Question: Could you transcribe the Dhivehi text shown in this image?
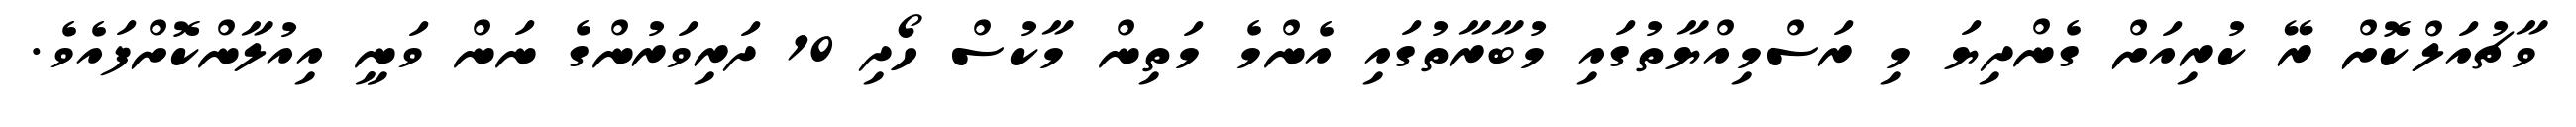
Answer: ވާޗުއަލްކޮށް ރޭ ކުރިއަށް ގެންދިޔަ މި ރަސްމިއްޔާތުގައި މުބާރާތުގައި އެންމެ މަތިން މާކުސް ހޯދި 10 ދަރިވަރުންގެ ނަން ވަނީ އިއުލާންކޮށްފައެވެ.